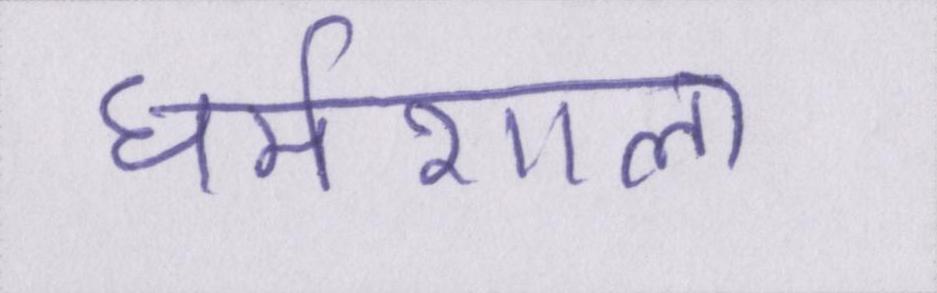
धर्मशाला